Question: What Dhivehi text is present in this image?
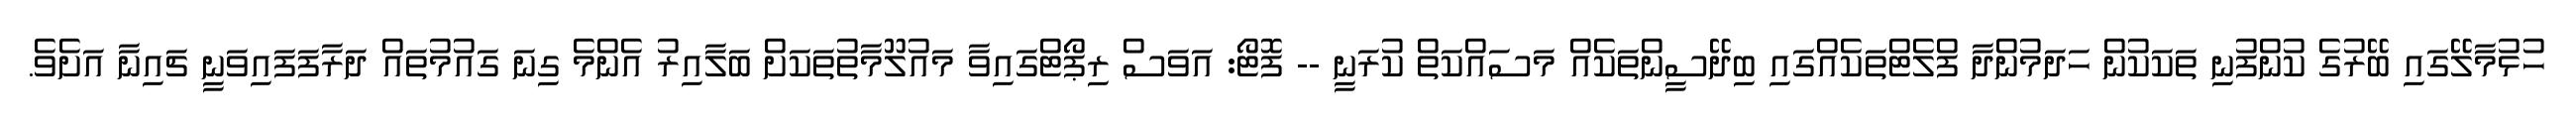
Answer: ހުޅުމާލޭގައި ބޭރުގެ ކުންފުނި ތަކަކުން ހަދަމުންދާ ފްލެޓްތަކެއްގައި ބިދޭސީންތަކެއް މަސައްކަތް ކުރަނީ -- ފޮޓޯ: އަވަސް ރިޕޯޓްގައިވާ މައުލޫމާތުތަކަށް ބަލާއިރު އެންމެ ގިނަ ގައުމުތައް ދަރާފަފައިވަނީ ޗައިނާ އަށެވެ.